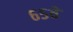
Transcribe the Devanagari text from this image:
६५वें